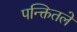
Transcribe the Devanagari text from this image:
पन्क्तितले